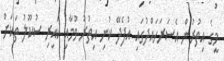
މީގެ އިތުރުން އެސަރަހައްދުގައި އުފެދޭ ކުނި އިތުރު ވުމާއި ކައިރި ސުކޫލު ތަކަށް